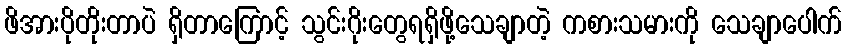
ဖိအားပိုတိုးတာပဲ ရှိတာကြောင့် သွင်းဂိုးတွေရရှိဖို့သေချာတဲ့ ကစားသမားကို သေချာပေါက်